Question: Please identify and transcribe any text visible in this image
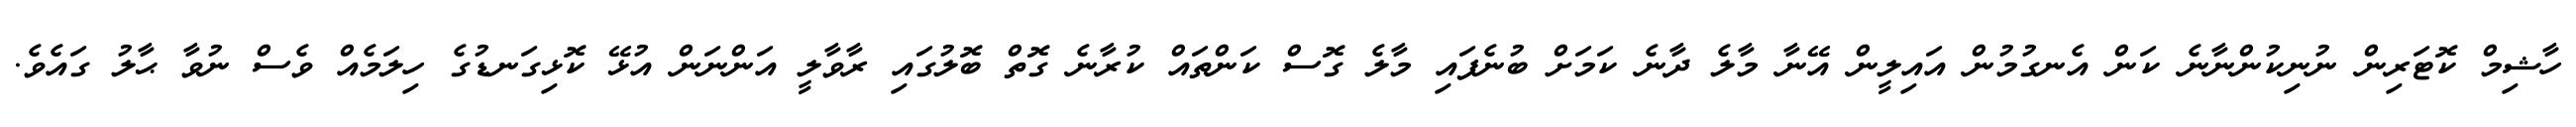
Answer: ހާޝިމް ކޮޓަރިން ނުނިކުންނާނެ ކަން އެނގުމުން އައިލީން އޭނާ މާލެ ދާނެ ކަމަށް ބުނެފައި މާލެ ގޮސް ކަންތައް ކުރާނެ ގޮތް ބޮލުގައި ރާވާލީ އަންނަން އުޅޭ ކޮޅިގަނޑުގެ ހިލަމެއް ވެސް ނުވާ ޙާލު ގައެވެ.